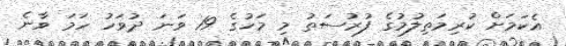
އެކަމަށް ކުރިމަތިލުމުގެ ފުރުސަތު މި މަހުގެ 19 ވަނަ ދުވަހު ހަމަ ވާނެ